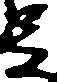
足